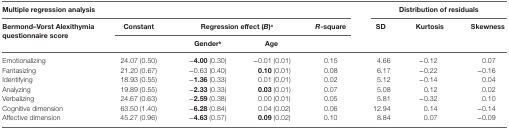
| <COLSPAN=5> Multiple regression analysis | <COLSPAN=3> Distribution of residuals |
 | <ROWSPAN=3> Bermond–Vorst Alexithymia questionnaire score | Constant | <COLSPAN=2> Regression effect (B)a | R-square | SD | Kurtosis | Skewness |
 |  |  | Genderb | Age |  |  |  |  |
 | --- | --- | --- | --- | --- | --- | --- | --- |
 | Emotionalizing | 24.07 (0.50) | −4.00 (0.30) | −0.01 (0.01) | 0.15 | 4.66 | −0.12 | 0.07 |
 | Fantasizing | 21.20 (0.67) | −0.63 (0.40) | 0.10 (0.01) | 0.08 | 6.17 | −0.22 | −0.16 |
 | Identifying | 18.93 (0.55) | −1.36 (0.33) | 0.01 (0.01) | 0.02 | 5.12 | −0.14 | 0.04 |
 | Analyzing | 19.89 (0.55) | −2.33 (0.33) | 0.03 (0.01) | 0.07 | 5.08 | 0.12 | 0.02 |
 | Verbalizing | 24.67 (0.63) | −2.59 (0.38) | 0.00 (0.01) | 0.05 | 5.81 | −0.32 | 0.10 |
 | Cognitive dimension | 63.50 (1.40) | −6.28 (0.84) | 0.04 (0.02) | 0.06 | 12.94 | 0.14 | −0.14 |
 | Affective dimension | 45.27 (0.96) | −4.63 (0.57) | 0.09 (0.02) | 0.10 | 8.84 | 0.07 | −0.09 |